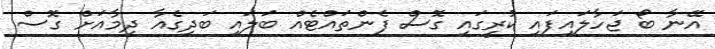
އޭނާ ބޯ ޖަހާލައިފައި ކުރީގައި ގޮސް ފެންތައްޓެއް ބަލައި ބަދިގެއާ ދިމާއަށް ގޮސް